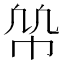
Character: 𢂨